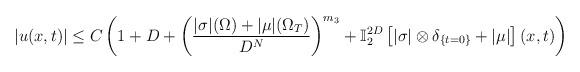
LaTeX: \begin{align*} |u(x,t)|\leq C\left( 1+D+\left( \frac{|\sigma |(\Omega )+|\mu |(\Omega _{T})}{D^{N}}\right) ^{m_3}+\mathbb{I}_{2}^{2D}\left[ |\sigma |\otimes \delta_{\{t=0\}}+|\mu |\right](x,t) \right)\end{align*}